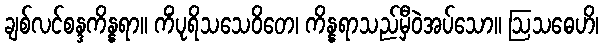
ချစ်လင်စန္ဒကိန္နရာ။ ကိံပုရိသသေဝိတေ၊ ကိန္နရာသည်မှီဝဲအပ်သော။ ဩသဓေဟိ၊